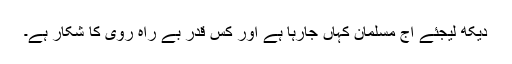
دیکھ لیجئے آج مسلمان کہاں جارہا ہے اور کس قدر بے راہ روی کا شکار ہے۔